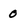
Character: 0